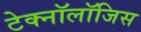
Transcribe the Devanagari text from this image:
टेक्नॉलॉजिस